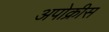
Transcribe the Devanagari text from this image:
अपोक्रीस